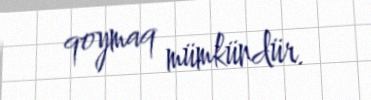
qoymaq mümkündür.